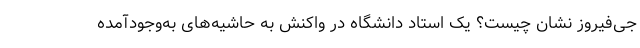
جی‌فیروز نشان چیست؟ یک استاد دانشگاه در واکنش به حاشیه‌های به‌وجودآمده